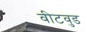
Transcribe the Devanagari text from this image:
वीटवुड